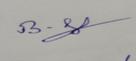
Signature authenticity: genuine